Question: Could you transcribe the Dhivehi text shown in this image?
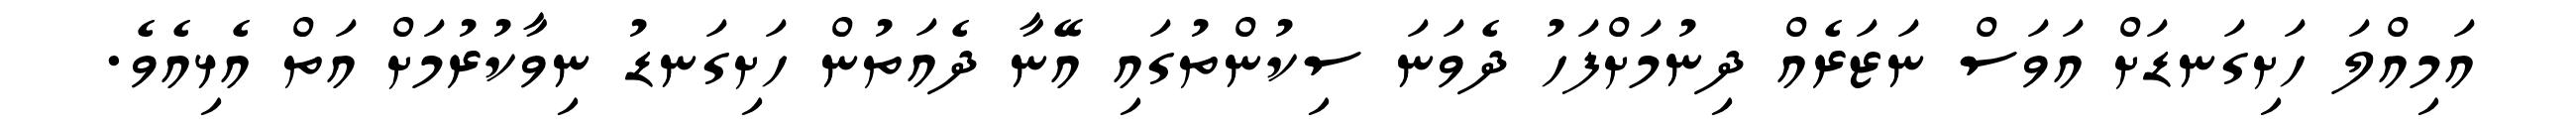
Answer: އަމިއްލަ ހަށިގަނޑަށް އަވަސް ނަޒަރެއް ދިނުމަށްފަހު ދެވަނަ ސިކުންތުގައި އޭނާ ދެއަތުން ހަށިގަނޑު ނިވާކުރުމަށް އަތް އެޅިއެވެ.